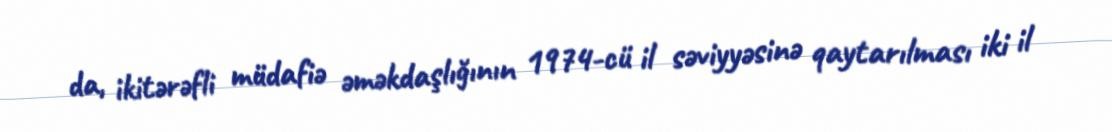
da, ikitərəfli müdafiə əməkdaşlığının 1974-cü il səviyyəsinə qaytarılması iki il